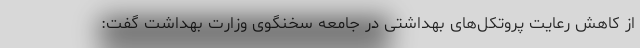
از کاهش رعایت پروتکل‌های بهداشتی در جامعه سخنگوی وزارت بهداشت گفت: